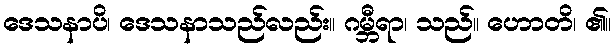
ဒေသနာပိ၊ ဒေသနာသည်လည်း။ ဂမ္ဘီရာ၊ သည်။ ဟောတိ၊ ၏။